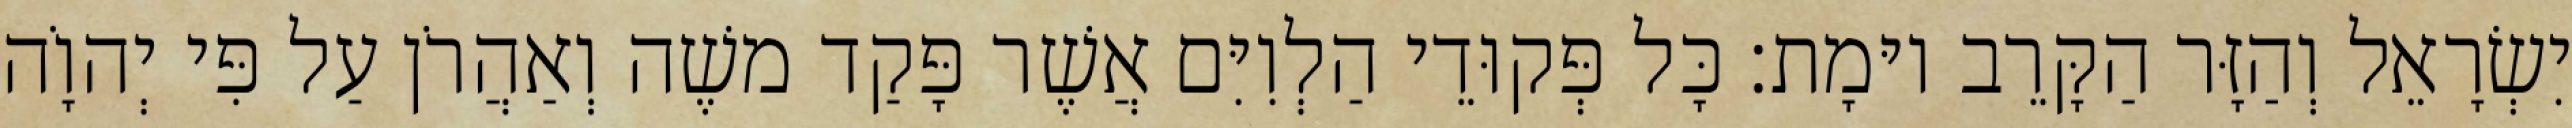
יִשְׂרָאֵל וְהַזָּר הַקָּרֵב יוּמָת׃ כָּל פְּקוּדֵי הַלְוִיִּם אֲשֶׁר פָּקַד משֶׁה וְאַהֲרֹן עַל פִּי יְהוָֹה